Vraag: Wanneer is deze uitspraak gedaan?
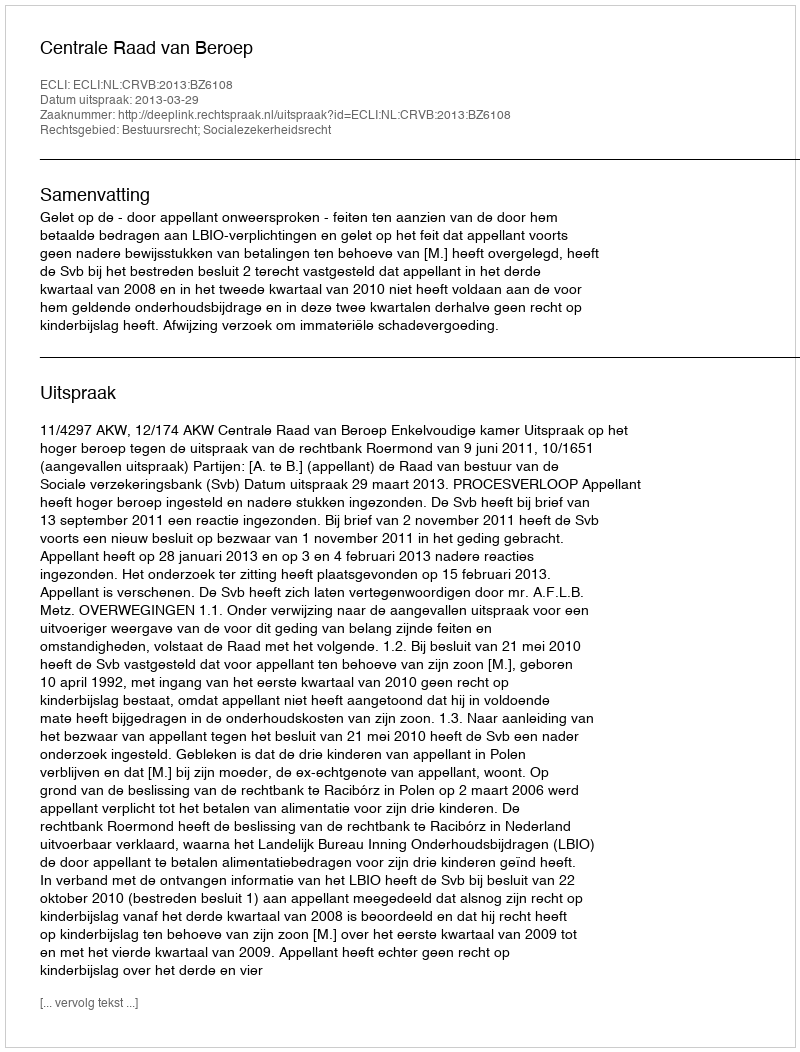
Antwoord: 2013-03-29